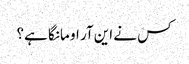
کس نے این آر او مانگا ہے؟